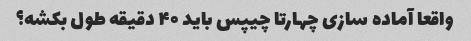
واقعا آماده سازی چهارتا چیپس باید ۴۰ دقیقه طول بکشه؟